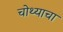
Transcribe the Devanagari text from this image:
चोथ्याचा